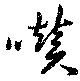
囋